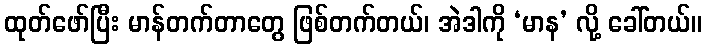
ထုတ်ဖော်ပြီး မာန်တက်တာတွေ ဖြစ်တက်တယ်၊ အဲဒါကို ‘မာန’ လို့ ခေါ်တယ်။